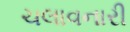
ચલાવનારી